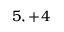
5 , + 4